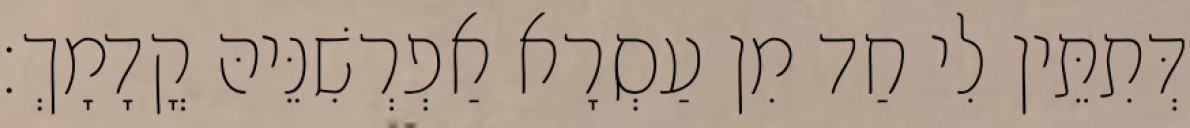
דְּתִתֵּין לִי חַד מִן עַסְרָא אַפְרְשִׁנֵּיהּ קֳדָמָךְ׃